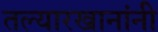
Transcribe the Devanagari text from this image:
तल्यारखानांनी